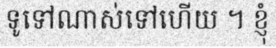
ទូទៅណាស់ទៅហើយ ។ ខ្ញុំ